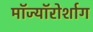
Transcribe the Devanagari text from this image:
मॉज्यॉरोर्शाग